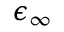
\epsilon _ { \infty }